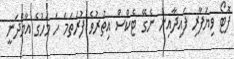
ފޮޓޯ ވިޔަފާރި ފައިދާއިން ނެގޭ ޓެކްސް އިތުރުވެ ފުރަތަމަ ހަ މަހުގެ އާމްދަނީ